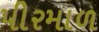
પીરમાળ